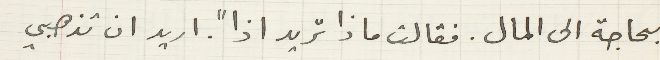
بحاجة الى المال. فقالت ماذا تريد اذاً. اريد ان تذهبي